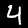
Label: 4